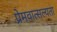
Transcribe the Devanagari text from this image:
प्रेमवात्सल्यता